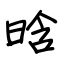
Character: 晗